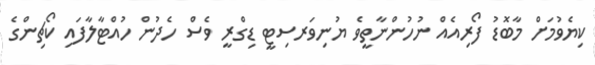
ކިޔެވުމަށް މާބޮޑު ފޯރިއެއް ނުހުންނާތީވެ ޔުނިވަރސިޓީ ޑިގްރީ ވެސް ހެދުން ހުއްޓާލާފައި ކޯޗިންގެ